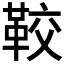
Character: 𩊔